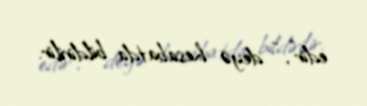
edir”, - deyə hesabatda bildirilir.